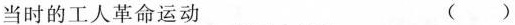
当时的工人革命运动（）